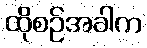
ထိုစဉ်အခါက